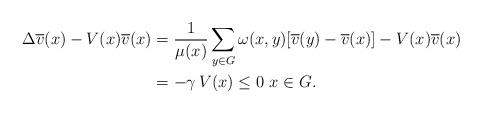
LaTeX: \begin{align*}\begin{aligned}\Delta \overline v(x)-V(x)\overline v(x)&=\frac{1}{\mu(x)}\sum_{y\in G}\omega(x,y)[\overline v(y)-\overline v(x)]-V(x)\overline v(x)\\&=-\gamma\,V(x)\le 0\,\,x\in G.\end{aligned}\end{align*}